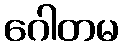
ဂေါတမ